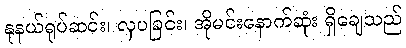
နုနယ်ရုပ်ဆင်း၊ လှပခြင်း၊ အိုမင်းနောက်ဆုံး ရှိချေသည်